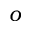
o